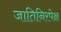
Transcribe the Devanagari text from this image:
जातिनिरपेक्ष